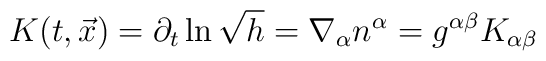
K(t,\vec{x}) =\partial_t \ln  \sqrt{h}=\nabla_\alpha n^\alpha =g^{\alpha\beta}K_{\alpha\beta}